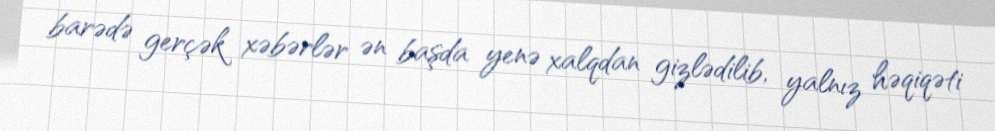
barədə gerçək xəbərlər ən başda yenə xalqdan gizlədilib, yalnız həqiqəti